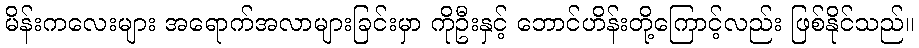
မိန်းကလေးများ အရောက်အလာများခြင်းမှာ ကိုဦးနှင့် ဘောင်ဟိန်းတို့ကြောင့်လည်း ဖြစ်နိုင်သည်။